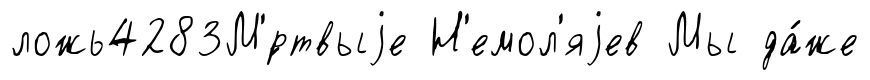
ложь4283М'́ртвыjе Н'емол'яjев Мы да́же